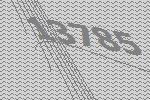
13785